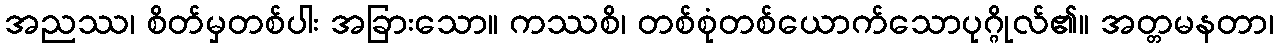
အညဿ၊ စိတ်မှတစ်ပါး အခြားသော။ ကဿစိ၊ တစ်စုံတစ်ယောက်သောပုဂ္ဂိုလ်၏။ အတ္တမနတာ၊